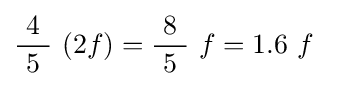
{\frac {\ 4\ }{5}}\ (2f)={\frac {\ 8\ }{5}}\ f=1.6\ f~~